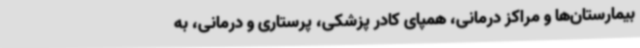
بیمارستان‌ها و مراکز درمانی، همپای کادر پزشکی، پرستاری و درمانی، به